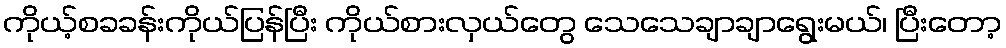
ကိုယ့်စခခန်းကိုယ်ပြန်ပြီး ကိုယ်စားလှယ်တွေ သေသေချာချာရွေးမယ်၊ ပြီးတော့